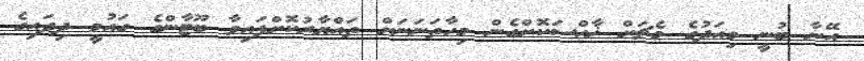
އޭނާ ބުނީ މިއަދުގެ މެޗަށް ޚާއްސަކޮށްގެން މިހާތަނަނަށް ތައްޔާރުކޮށްފައިވާ ބޫޓާންގެ ގައުމީ ދިދައިގެ